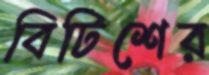
বিটিশের